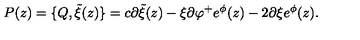
P ( z ) = \{ Q , { \tilde { \xi } } ( z ) \} = c \partial { \tilde { \xi } } ( z ) - \xi \partial \varphi ^ { + } e ^ { \phi } ( z ) - 2 \partial \xi e ^ { \phi } ( z ) .